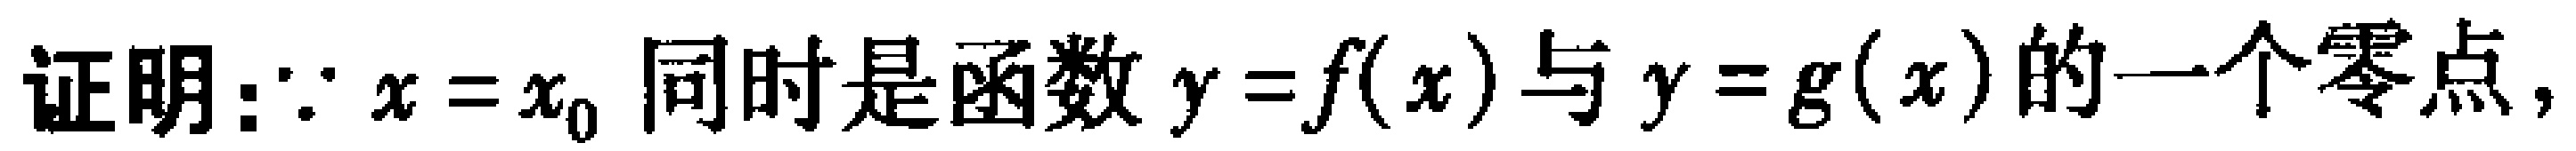
证明：$\because x = x_{0}$ 同时是函数 $y = f(x)$ 与 $y = g(x)$ 的一个零点，